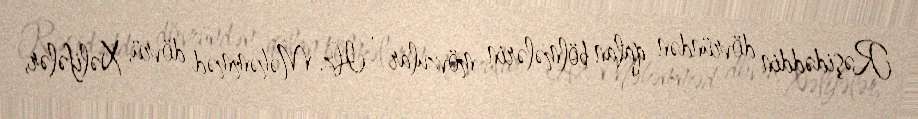
Rəşidəddin dövründən qalan bölmələrin mövzular , Hz. Məhəmməd dövrü, Xəlifələr,